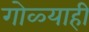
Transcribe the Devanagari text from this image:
गोळ्याही